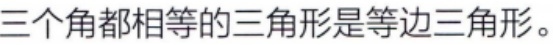
三个角都相等的三角形是等边三角形。